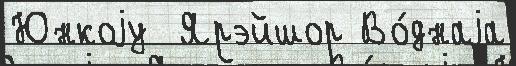
Юнкоjу  Ярэйшор Во́днаjа